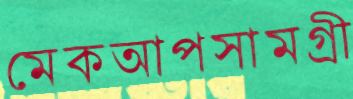
মেকআপসামগ্রী